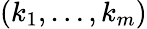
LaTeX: (k_{1},\ldots,k_{m})